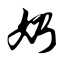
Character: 奶